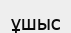
ұшыс